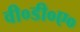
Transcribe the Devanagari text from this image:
वी०डी०ए०